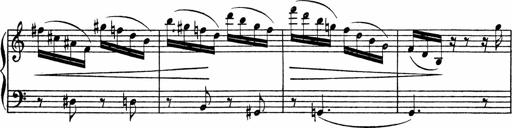
Title: Piano Sonata
Composer: Karl HÃ¤ssler
Key: C major